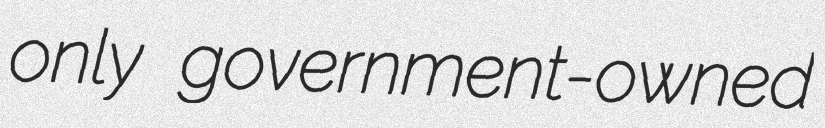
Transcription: only government-owned